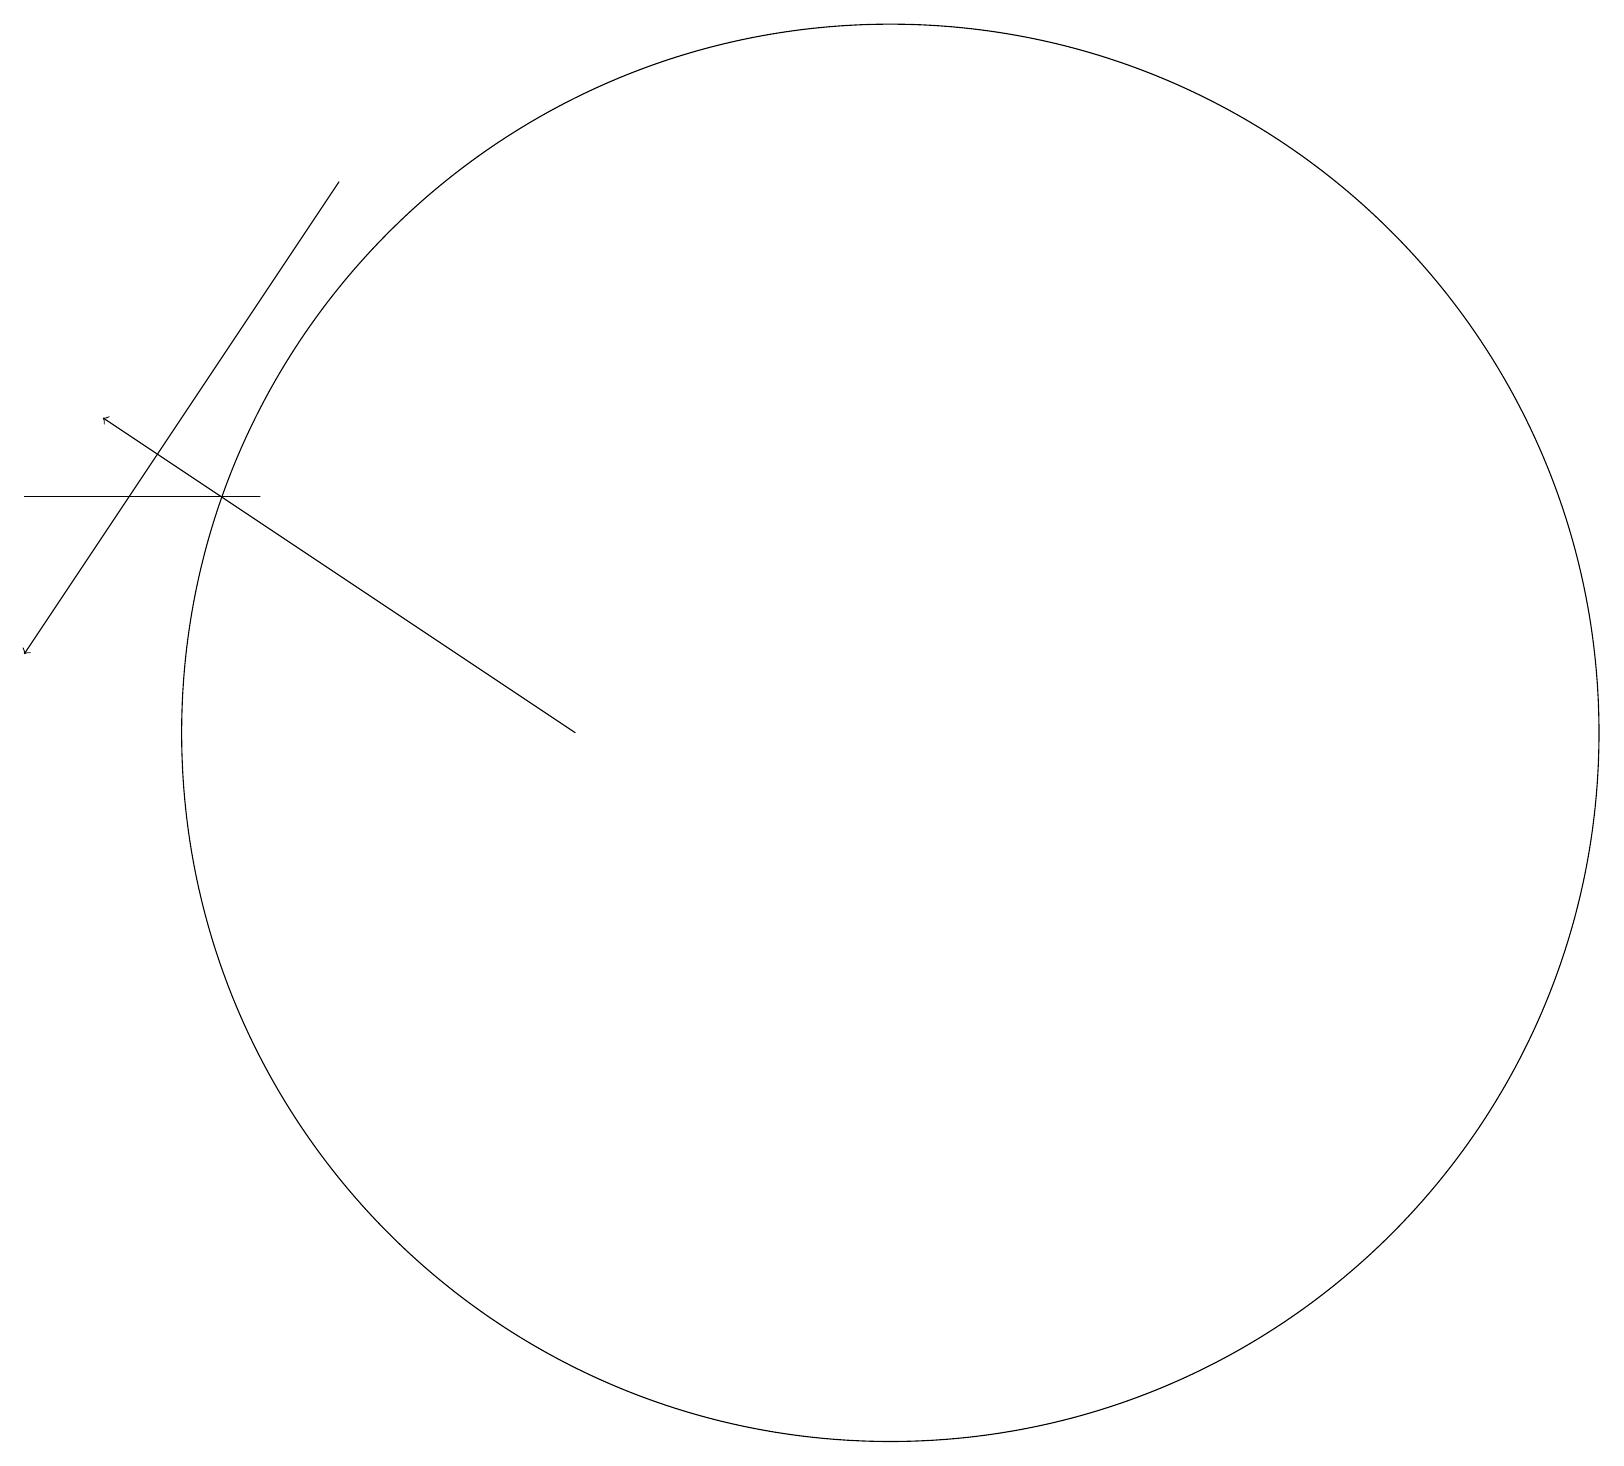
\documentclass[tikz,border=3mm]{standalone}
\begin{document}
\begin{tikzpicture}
\draw (1,14) rectangle (4,14);
\draw[->] (5,18) -- (1,12);
\draw[->] (8,11) -- (2,15);
\draw (12,11) circle (9);
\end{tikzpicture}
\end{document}